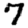
Digit: 7